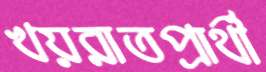
খয়রাতপ্রার্থী